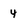
Character: 4